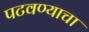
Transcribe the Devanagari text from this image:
पटवण्याचा